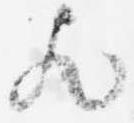
歟